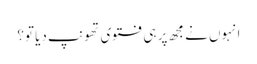
انہوں نے مجھ پر ہی فتوی تھونپ دیا تو؟